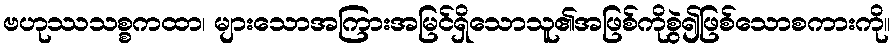
ဗဟုဿသစ္စကထာ၊ များသောအကြားအမြင်ရှိသောသူ၏အဖြစ်ကိုစွဲ၍ဖြစ်သောစကားကို။